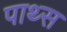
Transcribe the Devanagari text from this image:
पाथ्स